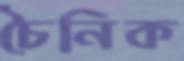
চৈনিক